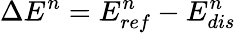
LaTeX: \Delta E^{n}=E_{ref}^{n}-E_{dis}^{n}